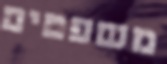
משפטים